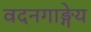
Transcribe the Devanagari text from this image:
वदनगाङ्गेय